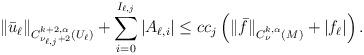
LaTeX: \begin{align*}\|\bar{u}_\ell\|_{C^{k+2,\alpha}_{\nu_{\ell,j}+2}(U_\ell)} + \sum_{i=0}^{I_{\ell,j}} |A_{\ell,i}| \leq c c_j\left(\|\bar{f}\|_{C^{k,\alpha}_\nu(M)} + |f_\ell|\right).\end{align*}